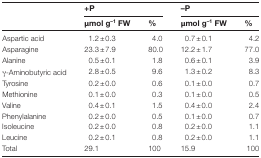
|  | <COLSPAN=2> +P | <COLSPAN=2> –P |
 |  | μmol g–1 FW | % | μmol g–1 FW | % |
 | --- | --- | --- | --- | --- |
 | Aspartic acid | 1.2±0.3 | 4.0 | 0.7±0.1 | 4.2 |
 | Asparagine | 23.3±7.9 | 80.0 | 12.2±1.7 | 77.0 |
 | Alanine | 0.5±0.1 | 1.8 | 0.6±0.1 | 3.9 |
 | γ-Aminobutyric acid | 2.8±0.5 | 9.6 | 1.3±0.2 | 8.3 |
 | Tyrosine | 0.2±0.0 | 0.6 | 0.1±0.0 | 0.7 |
 | Methionine | 0.1±0.0 | 0.3 | 0.1±0.0 | 0.5 |
 | Valine | 0.4±0.1 | 1.5 | 0.4±0.0 | 2.4 |
 | Phenylalanine | 0.2±0.0 | 0.5 | 0.1±0.0 | 0.7 |
 | Isoleucine | 0.2±0.0 | 0.8 | 0.2±0.0 | 1.1 |
 | Leucine | 0.2±0.1 | 0.8 | 0.2±0.0 | 1.1 |
 | Total | 29.1 | 100 | 15.9 | 100 |